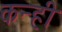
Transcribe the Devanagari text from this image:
कन्ही